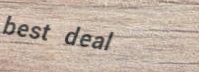
best deal